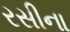
રસીના